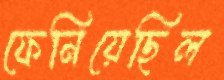
ফেনিয়েছিল